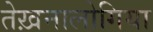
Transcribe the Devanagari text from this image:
तेख़नालोगिया